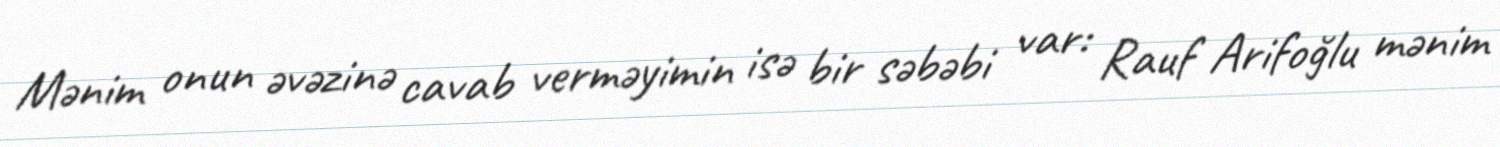
Mənim onun əvəzinə cavab verməyimin isə bir səbəbi var: Rauf Arifoğlu mənim